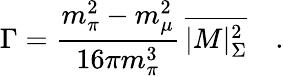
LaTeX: \Gamma=\frac{m_{\pi}^{2}-m_{\mu}^{2}}{16\pi m_{\pi}^{3}}\, \overline{{{|M|_{\Sigma}^{2}}}}\quad.